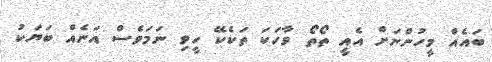
ބައެއް މީހުންނަށް އެއީ ތޯތޯ ވާހަކަ ތަކެކޭ ހީވި ނަމަވެސް އަނެއް ބަޔަކު